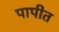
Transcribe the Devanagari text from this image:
पापीत